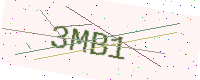
Text: 3MB1